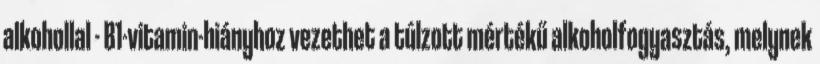
alkohollal - B1-vitamin-hiányhoz vezethet a túlzott mértékű alkoholfogyasztás, melynek